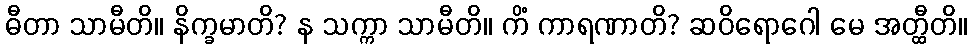
ဓီတာ သာမီတိ။ နိက္ခမာတိ? န သက္ကာ သာမီတိ။ ကိံ ကာရဏာတိ? ဆဝိရောဂေါ မေ အတ္ထီတိ။